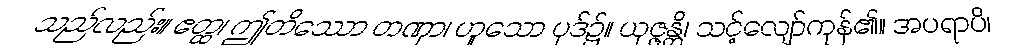
သည်လည်း။ ဧတ္ထ၊ ဤတိဿော တဏှာ၊ ဟူသော ပုဒ်၌။ ယုဇ္ဇန္တိ၊ သင့်လျော်ကုန်၏။ အပရာပိ၊